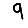
Digit: 9